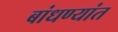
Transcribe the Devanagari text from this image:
बांधण्यांत